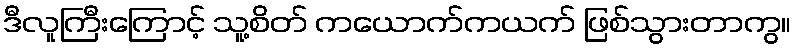
ဒီလူကြီးကြောင့် သူ့စိတ် ကယောက်ကယက် ဖြစ်သွားတာကွ။